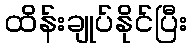
ထိန်းချုပ်နိုင်ပြီး